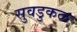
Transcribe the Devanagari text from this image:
सुवडुकळ